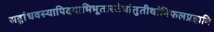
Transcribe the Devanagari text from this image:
सद्बांधवस्यापिदयाभिभूतास्तेषांतुतीर्थानिफलप्रदानि